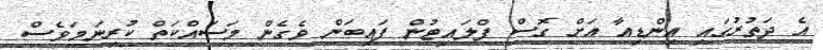
އެ ދަތުރުގައި އިންޑިއާ އަށް ގޮސް ފްލައިޓުން ފައިބަން ވެގެން މަސައްކަތް ކުރިނަމަވެސް